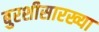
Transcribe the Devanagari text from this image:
बुरशीसारख्या